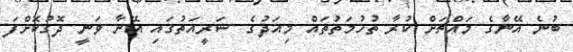
ބުނެ އޭނާގެ މައްޗަށް ކުރާ ތުހުމަތުތައް މިއަދުގެ ޝަރީއަތުގައި އޭނާ ވަނީ ދޮގުކޮށްފަ